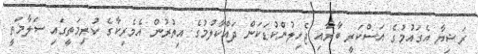
ރަޝިޔާ އެގައުމުގެ އަސްކަރީ ބާރާއި ޖެހިލުންކުޑަކަން ދައްކާލުމުގެ އިތުރުން އެމެރިކާގެ ކުރިމަތީގައި ސަލާމަތީ